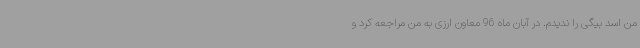
من اسد بیگی را ندیدم. در آبان ماه 96 معاون ارزی به من مراجعه کرد و